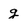
Character: g